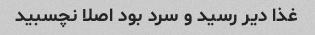
غذا دیر رسید و سرد بود اصلا نچسبید